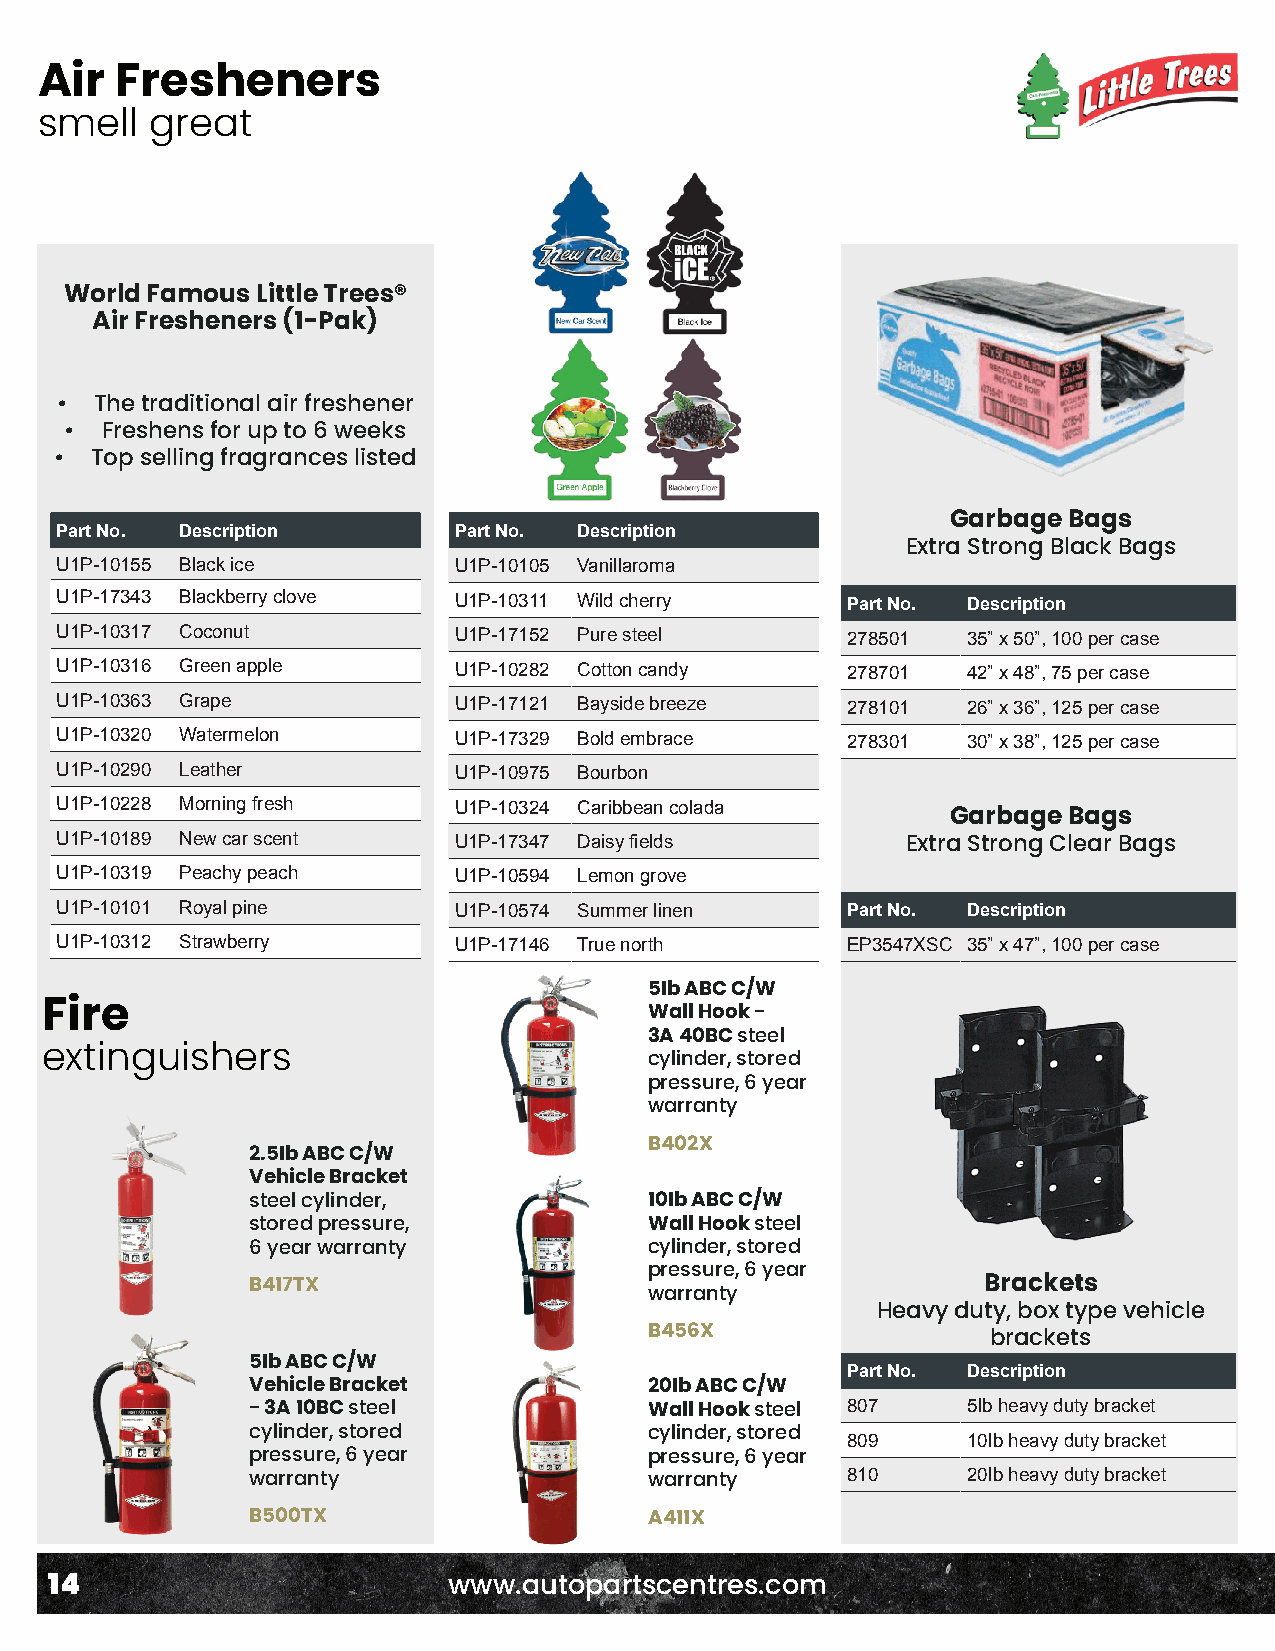
Air   Fresheners
 smell   great
 World Famous Little Trees®
 Air Fresheners (1-Pak)
 • The traditional air freshener
 •  Freshens for up to 6 weeks
 • Top selling fragrances listed
 Garbage Bags
 Part No. Description      Part No. Description
 Extra Strong Black Bags
 U1P-10155 Black ice       U1P-10105 Vanillaroma
 U1P-17343 Blackberry clove U1P-10311 Wild cherry    Part No. Description
 U1P-10317 Coconut         U1P-17152 Pure steel      278501  35” x 50”, 100 per case
 U1P-10316 Green apple     U1P-10282 Cotton candy    278701  42” x 48”, 75 per case
 U1P-10363 Grape           U1P-17121 Bayside breeze  278101  26” x 36”, 125 per case
 U1P-10320 Watermelon      U1P-17329 Bold embrace    278301  30” x 38”, 125 per case
 U1P-10290 Leather         U1P-10975 Bourbon
 U1P-10228 Morning fresh   U1P-10324 Caribbean colada
 Garbage Bags
 U1P-10189 New car scent   U1P-17347 Daisy fields        Extra Strong Clear Bags
 U1P-10319 Peachy peach    U1P-10594 Lemon grove
 U1P-10101 Royal pine      U1P-10574 Summer linen    Part No. Description
 U1P-10312 Strawberry      U1P-17146 True north      EP3547XSC 35” x 47”, 100 per case
 5Ib ABC C/W
 Fire                                    Wall Hook -
 3A 40BC steel
 extinguishers                           cylinder, stored
 pressure, 6 year
 warranty
 B402X
 2.5Ib ABC C/W
 Vehicle Bracket
 steel cylinder,           10Ib ABC C/W
 stored pressure,          Wall Hook steel
 6 year warranty           cylinder, stored
 pressure, 6 year
 B417TX                                          Brackets
 warranty
 Heavy duty, box type vehicle
 B456X                  brackets
 5Ib ABC C/W                            Part No. Description
 Vehicle Bracket           20Ib ABC C/W
 807     5Ib heavy duty bracket
 - 3A 10BC steel           Wall Hook steel
 cylinder, stored          cylinder, stored 809 10Ib heavy duty bracket
 pressure, 6 year          pressure, 6 year
 810     20Ib heavy duty bracket
 warranty                  warranty
 B500TX                    A411X
 14                         www.autopartscentres.com